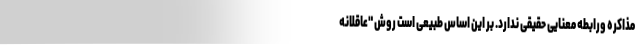
مذاکره ورابطه معنایی حقیقی ندارد. بر این اساس طبیعی است روش "عاقلانه